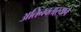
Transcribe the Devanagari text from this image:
अतिनवताऱ्यांचे